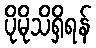
ပိုမိုသိရှိရန်